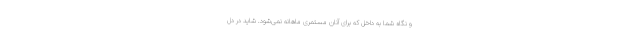
و نگاه شما به داخل که برای آنان مستمری ماهانه نمی‌شود. شاید در دل